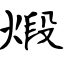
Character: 煅